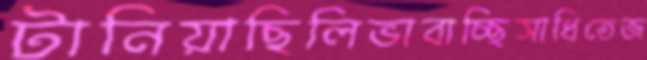
টানিয়াছিলিভাবাচ্ছিসাধিতেজ